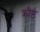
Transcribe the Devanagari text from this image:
ज्यैष्ठ